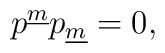
p^{\underline m}p_{\underline m}=0,